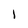
Character: 1